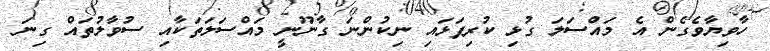
ހާވިޔާވެގެން އެ މައްސަލަ ގުޅި ކުރިފަޅައި ނިކުންނަ ގާނޫނީ މައްސަލަތަކާއި ސުވާލުތައް ގިނަ